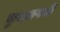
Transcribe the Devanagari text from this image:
कुदळवाडी